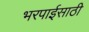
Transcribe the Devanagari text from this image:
भरपाईसाठी